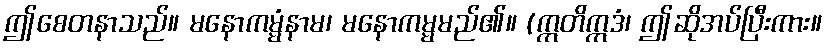
ဤစေတနာသည်။ မနောကမ္မံနာမ၊ မနောကမ္မမည်၏။ (ဣတိဣဒံ၊ ဤဆိုအပ်ပြီးကား။